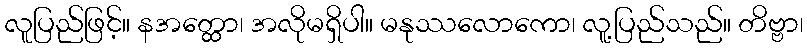
လူပြည်ဖြင့်။ နအတ္ထော၊ အလိုမရှိပါ။ မနုဿလောကော၊ လူ့ပြည်သည်။ တိဗ္ဗာ၊